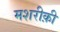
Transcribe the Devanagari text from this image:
मशरीक़ी